Indian journal of veterinary science and animal husbandry - Volume 7,
Year: 1937
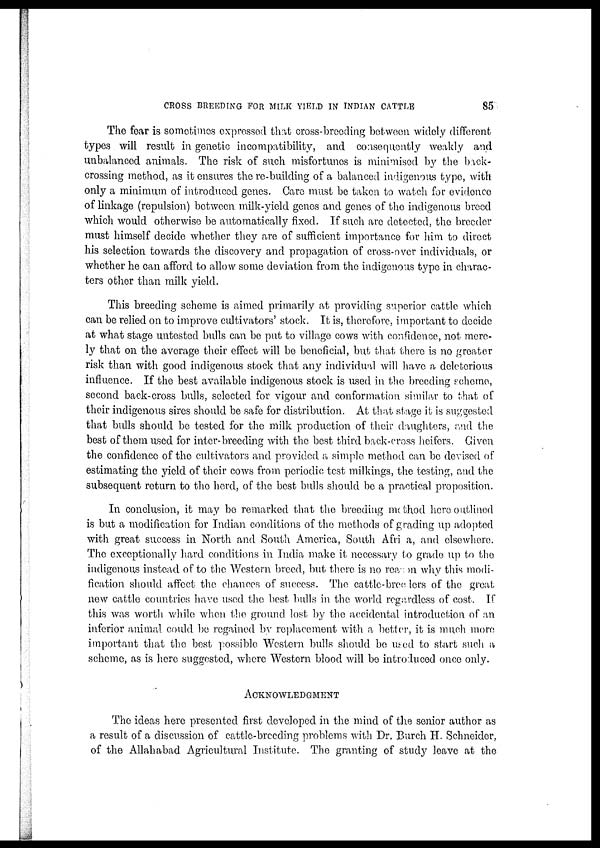
CROSS BREEDING FOR MILK YIELD IN INDIAN CATTLE
85
The fear is sometimes expressed that cross-breeding between widely different
types will result in genetic incompatibility, and consequently weakly and
unbalanced animals. The risk of such misfortunes is minimised by the back-
crossing method, as it ensures the re-building of a balanced indigenous type, with
only a minimum of introduced genes. Care must be taken to watch for evidence
of linkage (repulsion) between milk-yield genes and genes of the indigenous breed
which would otherwise be automatically fixed. If such are detected, the breeder
must himself decide whether they are of sufficient importance for him to direct
his selection towards the discovery and propagation of cross-over individuals, or
whether he can afford to allow some deviation from the indigenous type in charac-
ters other than milk yield.
This breeding scheme is aimed primarily at providing superior cattle which
can be relied on to improve cultivators' stock. It is, therefore, important to decide
at what stage untested bulls can be put to village cows with confidence, not mere-
ly that on the average their effect will be beneficial, but that there is no greater
risk than with good indigenous stock that any individual will have a deleterious
influence. If the best available indigenous stock is used in the breeding scheme,
second back-cross bulls, selected for vigour and conformation similar to that of
their indigenous sires should be safe for distribution. At that stage it is suggested
that bulls should be tested for the milk production of their daughters, and the
best of them used for inter-breeding with the best third back-cross heifers. Given
the confidence of the cultivators and provided a simple method can be devised of
estimating the yield of their cows from periodic test milkings, the testing, and the
subsequent return to the herd, of the best bulls should be a practical proposition.
In conclusion, it may be remarked that the breeding method here outlined
is but a modification for Indian conditions of the methods of grading up adopted
with great success in North and South America, South Africa, and elsewhere.
The exceptionally hard conditions in India make it necessary to grade up to the
indigenous instead of to the Western breed, but there is no reason why this modi-
fication should affect the chances of success. The cattle-breeders of the great
new cattle countries have used the best bulls in the world regardless of cost. If
this was worth while when the ground lost by the accidental introduction of an
inferior animal could be regained by replacement with a better, it is much more
important that the best possible Western bulls should be used to start such a
scheme, as is here suggested, where Western blood will be introduced once only.
ACKNOWLEDGMENT
The ideas here presented first developed in the mind of the senior author as
a result of a discussion of cattle-breeding problems with Dr. Burch H. Schneider,
of the Allahabad Agricultural Institute. The granting of study leave at the